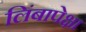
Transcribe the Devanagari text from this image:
लिंबापेक्षा